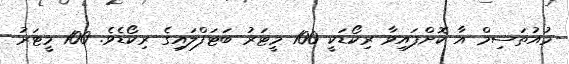
މުއުތަސިމް އާ ކޮށްފައިވާ ރިކޯޑަކީ 100 މީޓަރު ބަޓަފްލައިގެ ރިކޯޑެވެ. 100 މީޓަރު